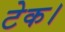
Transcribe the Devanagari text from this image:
टेक।